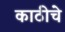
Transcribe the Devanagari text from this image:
काठीचे